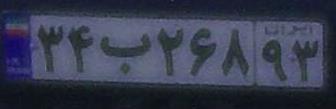
۳۴ب۲۶۸۹۳